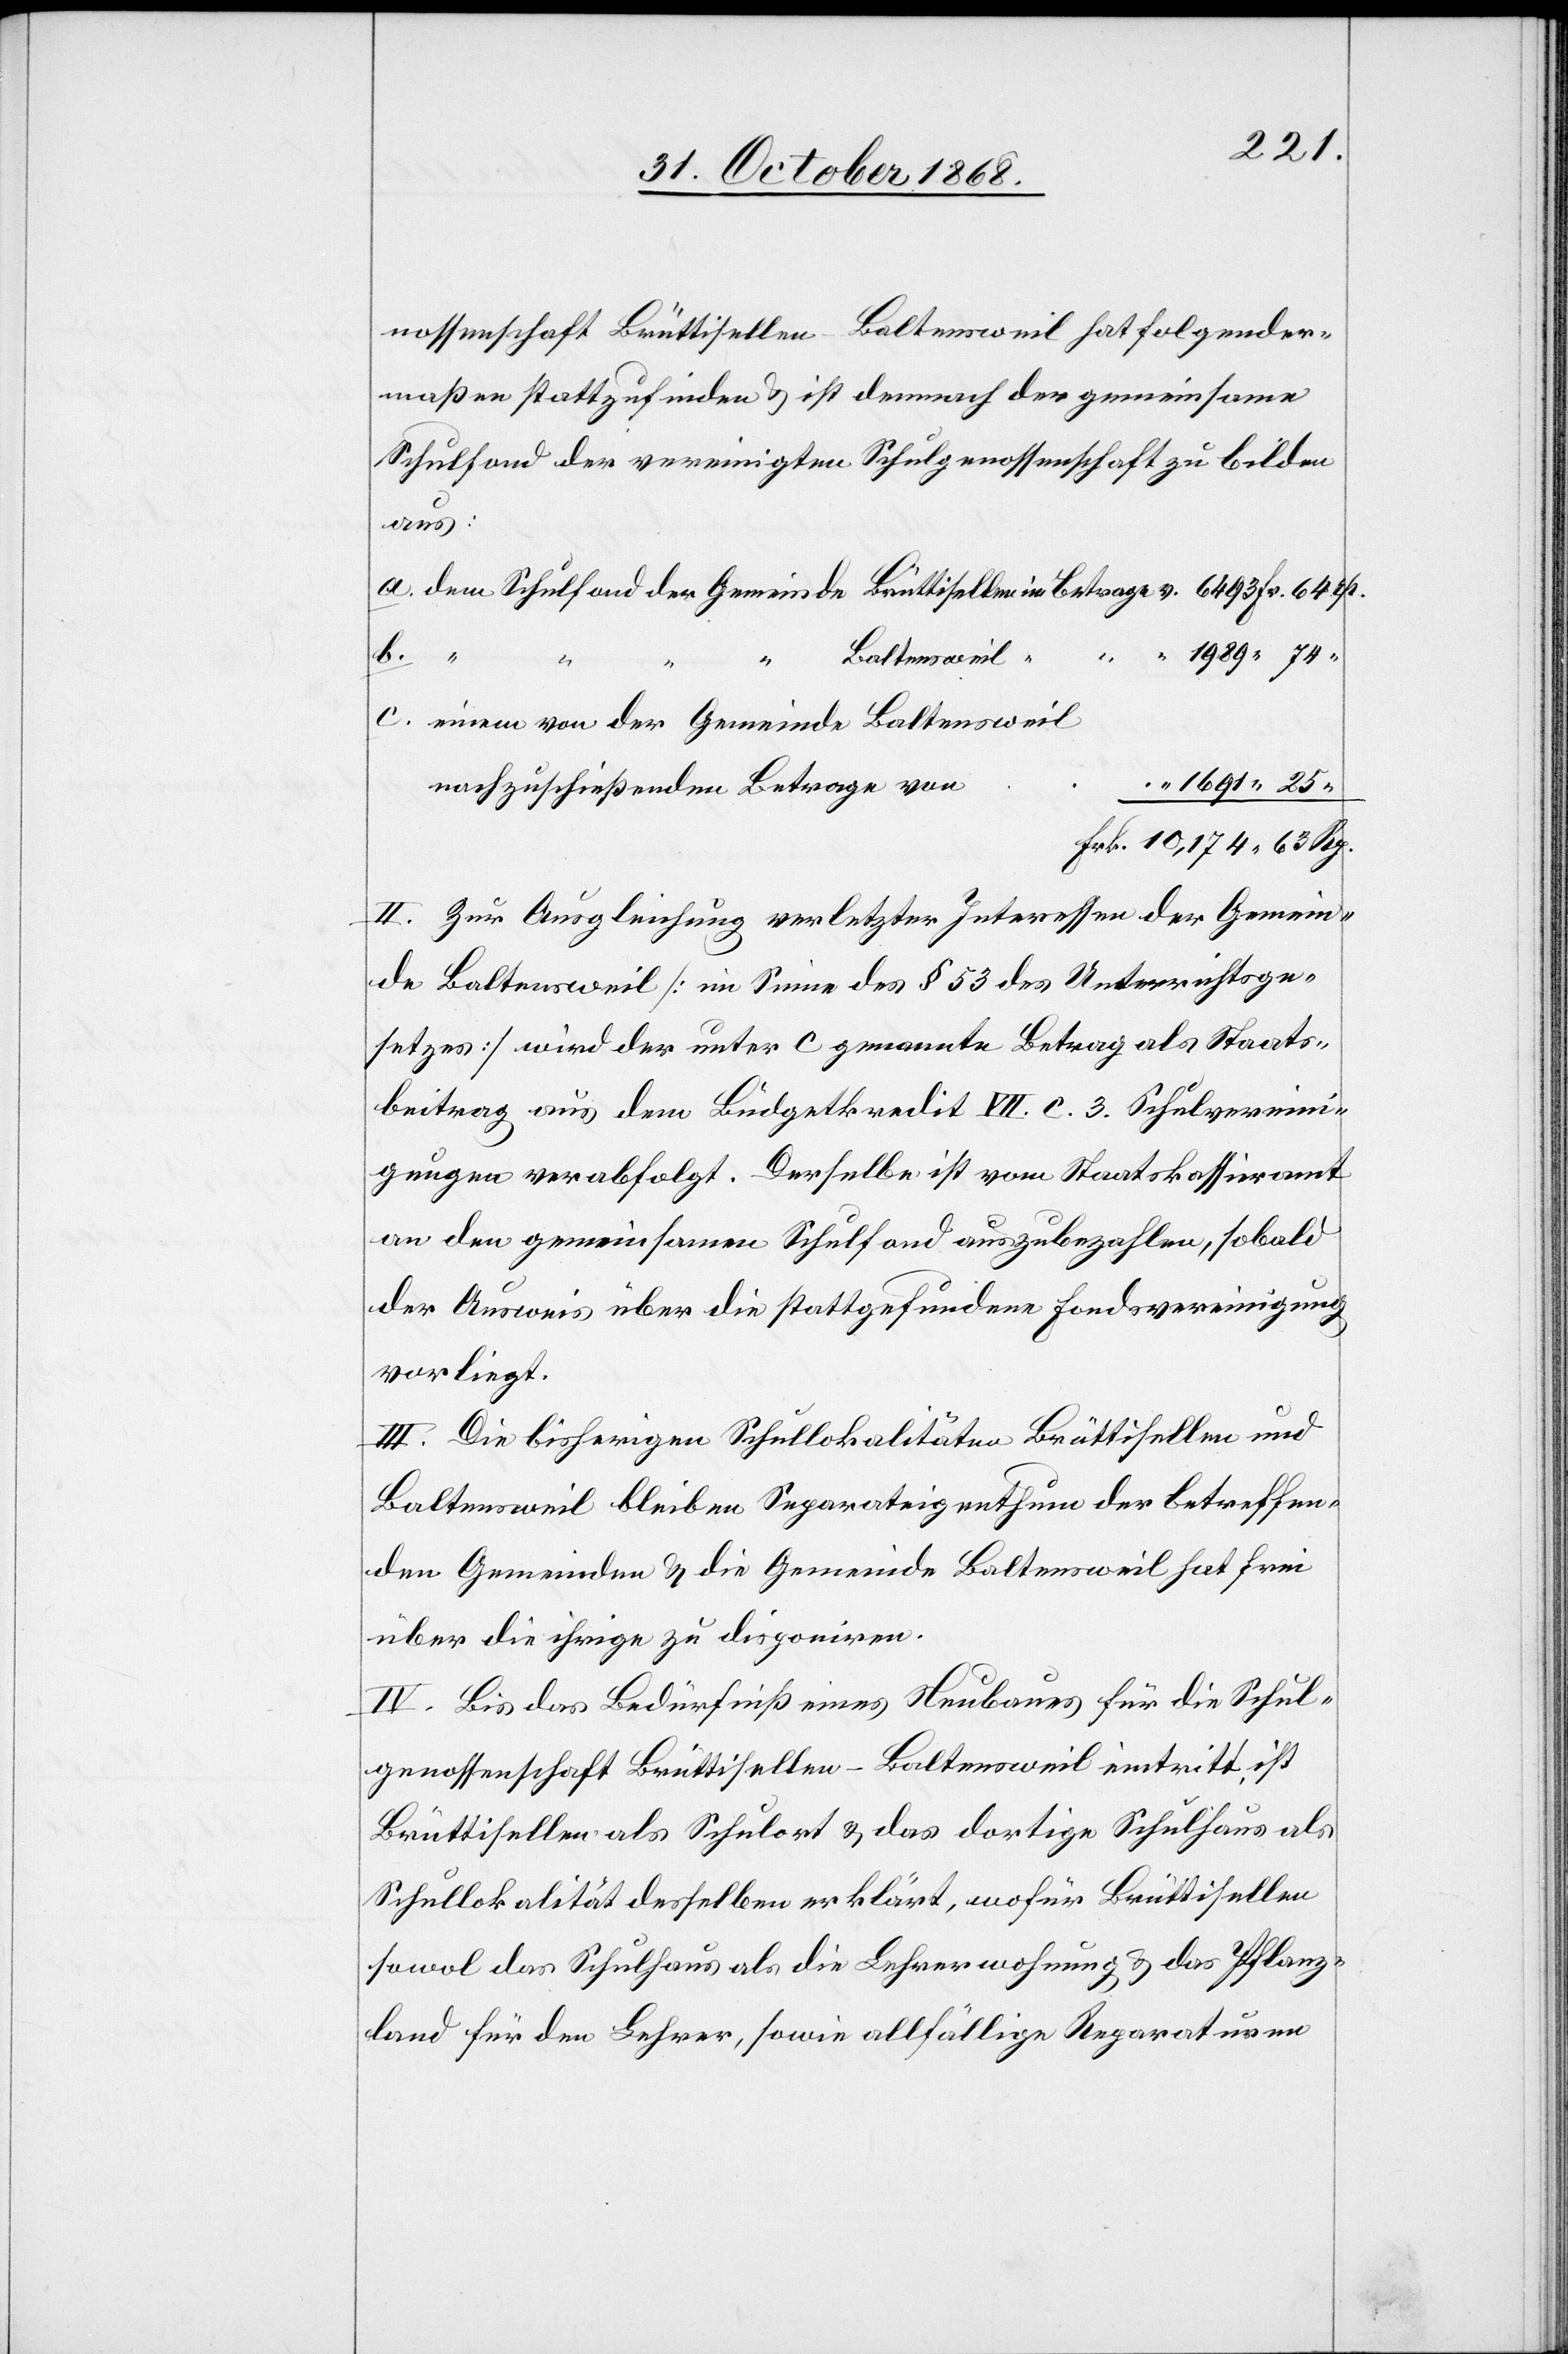
nossenschaft Brüttisellen-Baltensweil hat folgender¬
maßen stattzufinden & ist demnach der gemeinsame
Schulfond der vereinigten Schulgenossenschaft zu bilden
63
dem Schulfond der Gemeinde Brüttisellen im Betrage v.
b.
c.
einem von der Gemeinde Baltensweil
nachzuschießenden Betrage von
1691 “ 25
II. Zur Ausgleichung verletzter Interessen der Gemeind¬
e Baltensweil [im Sinne des § 53 des Unterrichtsge¬
setzes] wird der unter c genannte Betrag als Staats¬
beitrag aus dem Büdgetkredit VII. C. 3. Schulvereini¬
gungen verabfolgt. Derselbe ist vom Staatskassieramt
an den gemeinsamen Schulfond auszubezahlen, sobald
der Ausweis über die stattgefundene Fondsvereinigung
vorliegt.
III. Die bisherigen Schullokalitäten Brüttisellen und
Baltensweil bleiben Separateigenthum der betreffen¬
den Gemeinden & die Gemeinde Baltensweil hat frei
über die ihrige zu disponiren.
IV. Bis das Bedürfniß eines Neubaues für die Schul¬
genossenschaft Brüttisellen-Baltensweil eintritt, ist
Brüttisellen als Schulort & das dortige Schulhaus als
Schullokalität desselben erklärt, wofür Brüttisellen
sowol das Schulhaus als die Lehrerwohnung & das Pflanz¬
land für den Lehrer, sowie allfällige Reparaturen